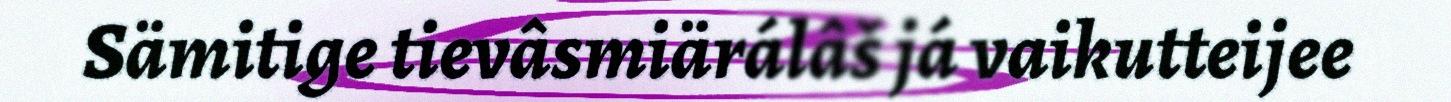
Sämitige tievâsmiärálâš já vaikutteijee